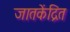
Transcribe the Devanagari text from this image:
जातकेंद्रित